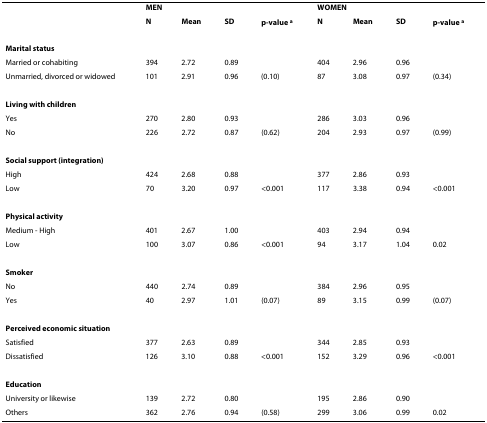
|  | <COLSPAN=3> MEN |  | <COLSPAN=3> WOMEN |  |
 |  | N | Mean | SD | p-value a | N | Mean | SD | p-value a |
 | --- | --- | --- | --- | --- | --- | --- | --- | --- |
 | Marital status |  |  |  |  |  |  |  |  |
 | Married or cohabiting | 394 | 2.72 | 0.89 |  | 404 | 2.96 | 0.96 |  |
 | Unmarried, divorced or widowed | 101 | 2.91 | 0.96 | (0.10) | 87 | 3.08 | 0.97 | (0.34) |
 | Living with children |  |  |  |  |  |  |  |  |
 | Yes | 270 | 2.80 | 0.93 |  | 286 | 3.03 | 0.96 |  |
 | No | 226 | 2.72 | 0.87 | (0.62) | 204 | 2.93 | 0.97 | (0.99) |
 | Social support (integration) |  |  |  |  |  |  |  |  |
 | High | 424 | 2.68 | 0.88 |  | 377 | 2.86 | 0.93 |  |
 | Low | 70 | 3.20 | 0.97 | <0.001 | 117 | 3.38 | 0.94 | <0.001 |
 | Physical activity |  |  |  |  |  |  |  |  |
 | Medium - High | 401 | 2.67 | 1.00 |  | 403 | 2.94 | 0.94 |  |
 | Low | 100 | 3.07 | 0.86 | <0.001 | 94 | 3.17 | 1.04 | 0.02 |
 | Smoker |  |  |  |  |  |  |  |  |
 | No | 440 | 2.74 | 0.89 |  | 384 | 2.96 | 0.95 |  |
 | Yes | 40 | 2.97 | 1.01 | (0.07) | 89 | 3.15 | 0.99 | (0.07) |
 | Perceived economic situation |  |  |  |  |  |  |  |  |
 | Satisfied | 377 | 2.63 | 0.89 |  | 344 | 2.85 | 0.93 |  |
 | Dissatisfied | 126 | 3.10 | 0.88 | <0.001 | 152 | 3.29 | 0.96 | <0.001 |
 | Education |  |  |  |  |  |  |  |  |
 | University or likewise | 139 | 2.72 | 0.80 |  | 195 | 2.86 | 0.90 |  |
 | Others | 362 | 2.76 | 0.94 | (0.58) | 299 | 3.06 | 0.99 | 0.02 |